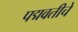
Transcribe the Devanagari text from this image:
पद्मवतीचे